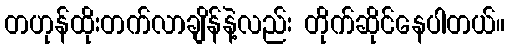
တဟုန်ထိုးတက်လာချိန်နဲ့လည်း တိုက်ဆိုင်နေပါတယ်။